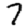
Digit: 7